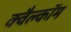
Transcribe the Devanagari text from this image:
क्वैल्कॉम